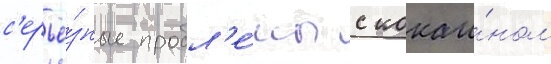
с'ерьё́зные пробл'е́мы с кокаи́ном